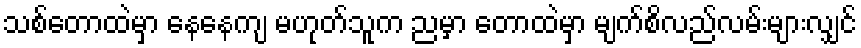
သစ်တောထဲမှာ နေနေကျ မဟုတ်သူက ညမှာ တောထဲမှာ မျက်စိလည်လမ်းများလျှင်